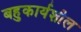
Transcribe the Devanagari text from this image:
बहुकार्यशील